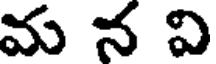
మ న వి